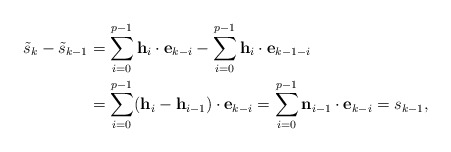
\begin{align*}\tilde s_{k} - \tilde s_{k-1} &= \sum_{i = 0}^{p-1} \mathbf{h}_i \cdot \mathbf{e}_{{k-i}} - \sum_{i = 0}^{p-1} \mathbf{h}_i \cdot \mathbf{e}_{{k-1-i}}\\&= \sum_{i = 0}^{p-1} (\mathbf{h}_{i} - \mathbf{h}_{i-1} ) \cdot \mathbf{e}_{{k - i}}= \sum_{i = 0}^{p-1} \mathbf{n}_{i-1} \cdot \mathbf{e}_{{k-i}} = s_{k-1},\end{align*}